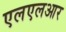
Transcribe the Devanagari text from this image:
एलएलआर